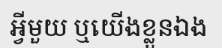
អ្វីមួយ ឬយើងខ្លួនឯង